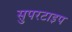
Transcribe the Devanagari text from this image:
सुपरटाइप